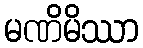
မဏိမိဿာ